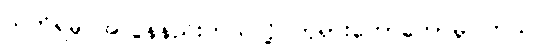
သတိရမှု အလွန်နည်းတယ်လို့ ဘုရားဟောတော်မူပါတယ်၊